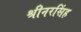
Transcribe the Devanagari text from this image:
श्रीनरसिंह